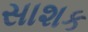
સાશક